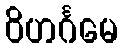
ဝိဟင်္ဂမေ